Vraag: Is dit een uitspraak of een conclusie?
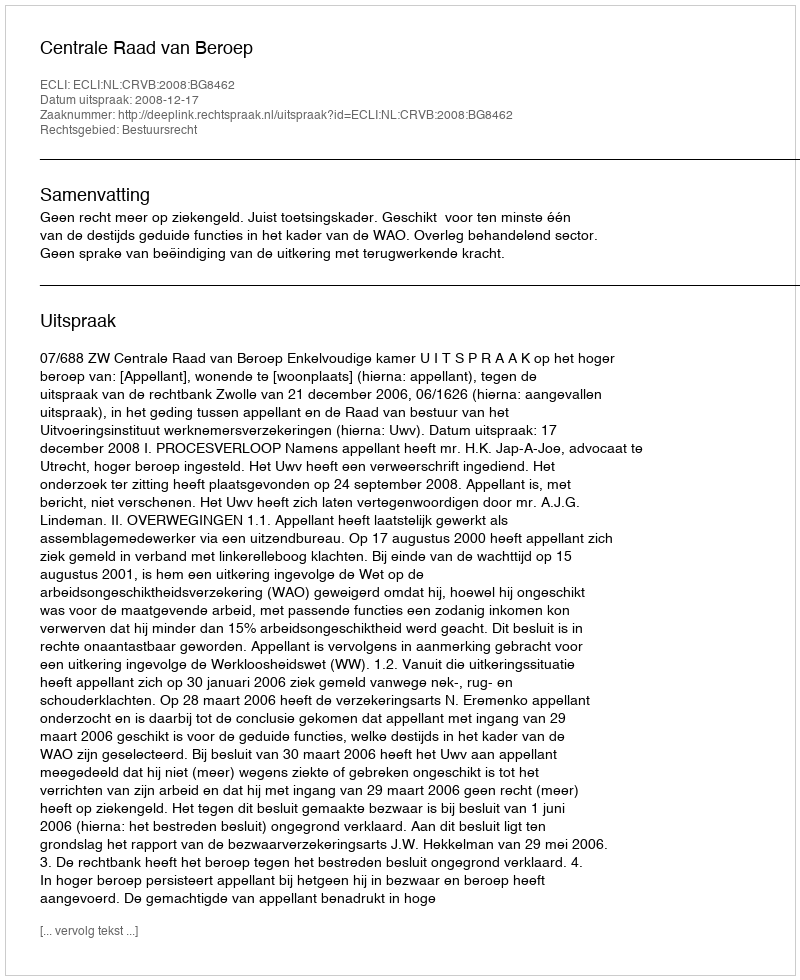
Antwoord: Uitspraak